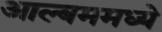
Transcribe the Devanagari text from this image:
आल्बममध्ये